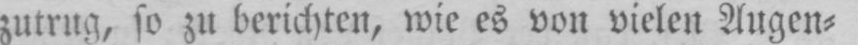
zutrug, so zu berichten, wie es von vielen Augen⸗